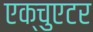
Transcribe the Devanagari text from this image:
एक्चुएटर